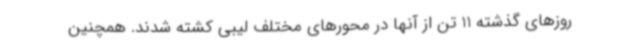
روزهای گذشته 11 تن از آنها در محورهای مختلف لیبی کشته شدند. همچنین